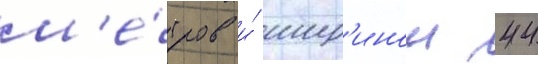
м'е́тров и́ шир'инои 44